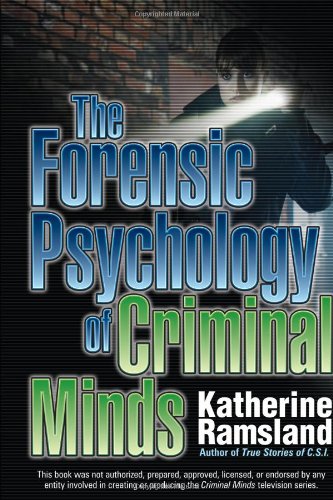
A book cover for The Forensic Psychology of Criminal Minds; Katherine Ramsland; Medical Books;